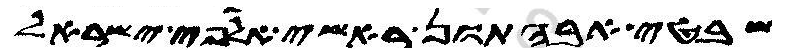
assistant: שבטי אבהתון ראשי אלפי ישראל